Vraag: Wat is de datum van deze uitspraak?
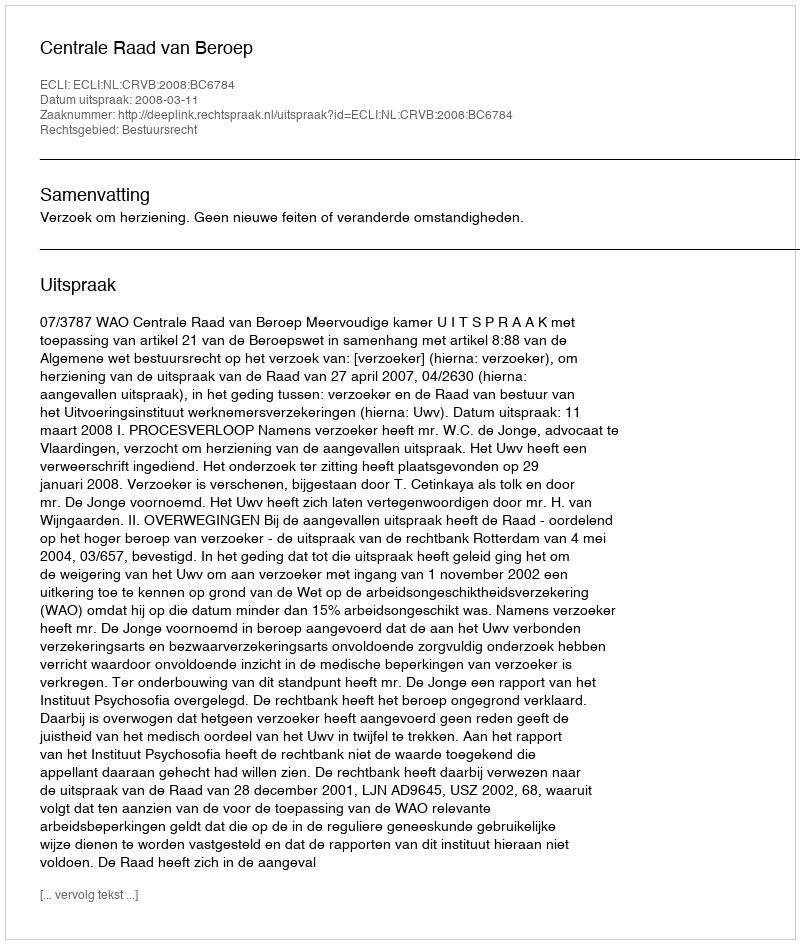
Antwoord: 2008-03-11